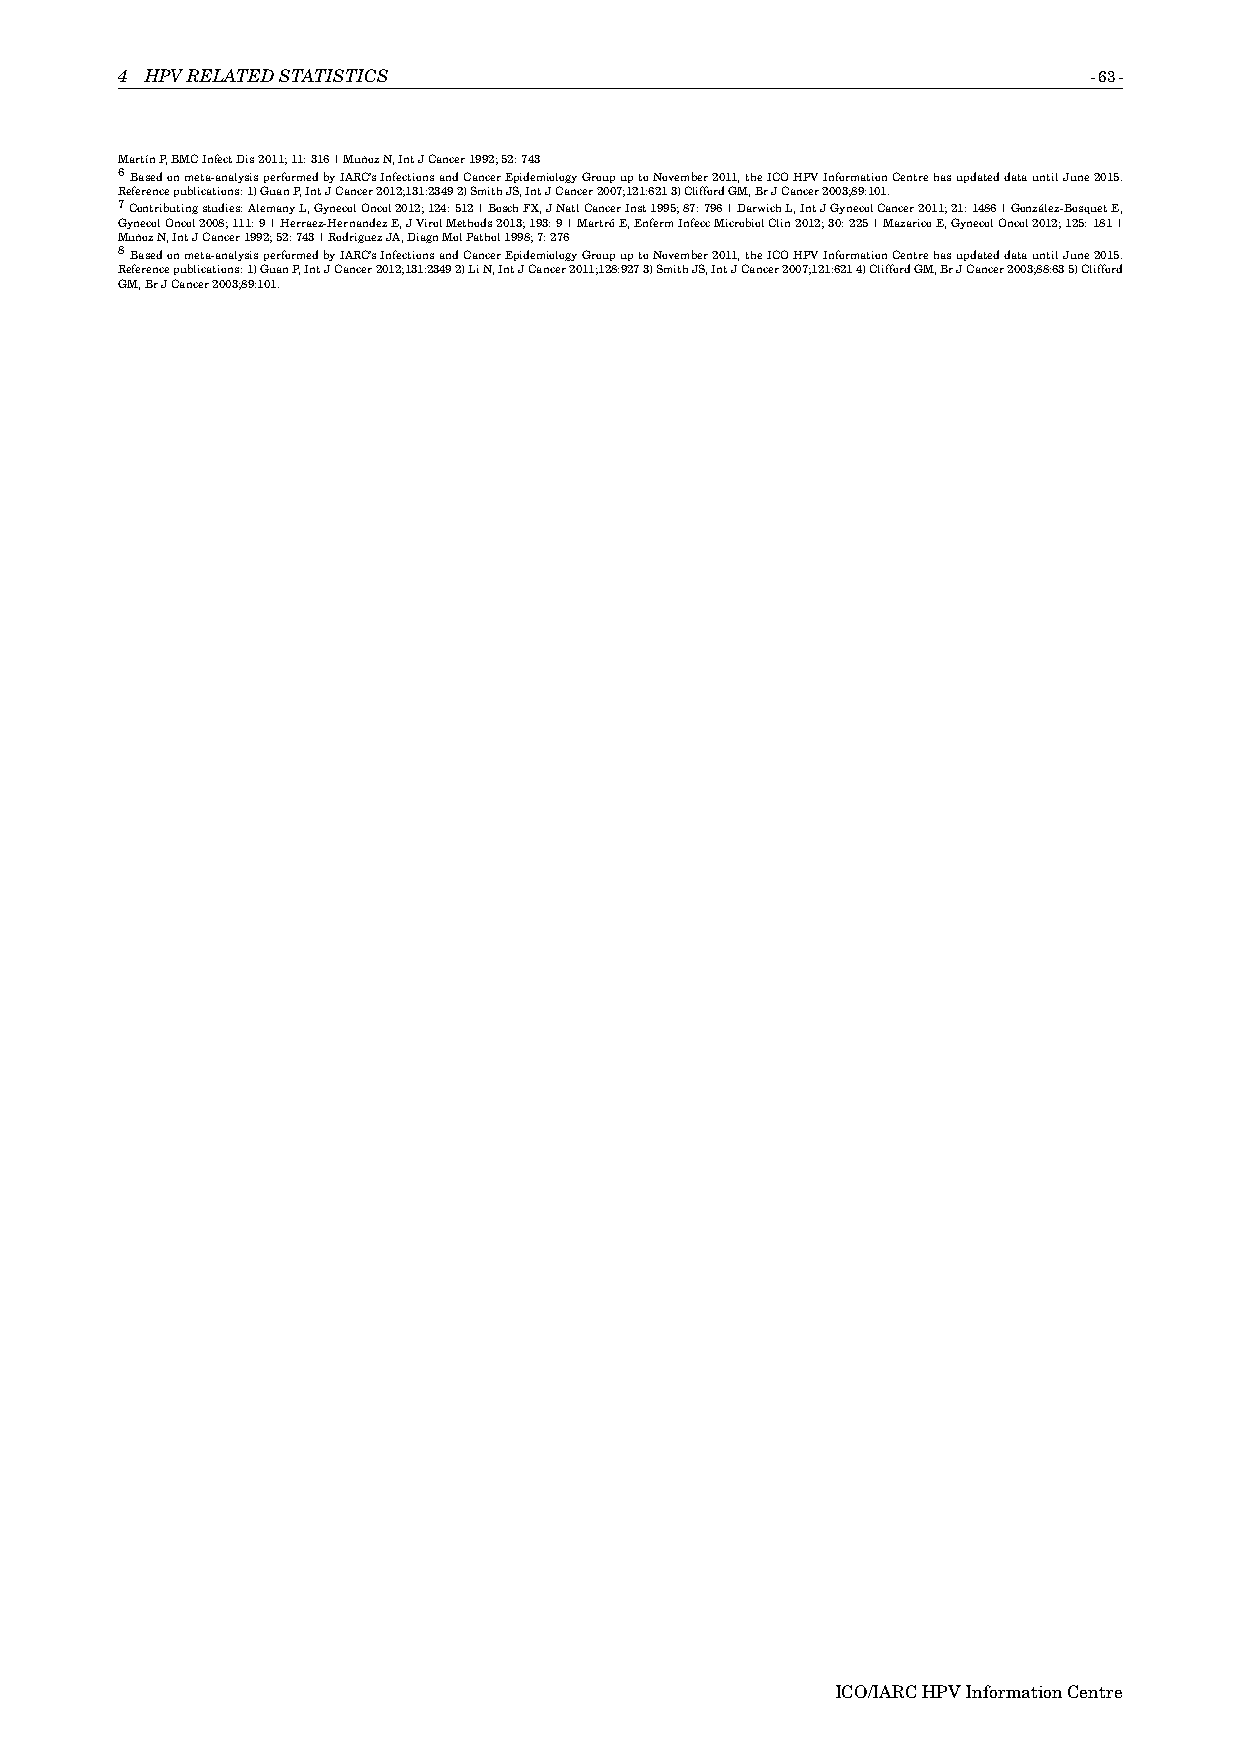
4 HPVRELATEDSTATISTICS                                          -63-
 MartínP,BMCInfectDis2011;11:316|MuñozN,IntJCancer1992;52:743
 6Basedonmeta-analysisperformedbyIARC’sInfectionsandCancerEpidemiologyGroupuptoNovember2011,theICOHPVInformationCentrehasupdateddatauntilJune2015.
 Referencepublications:1)GuanP,IntJCancer2012;131:23492)SmithJS,IntJCancer2007;121:6213)CliffordGM,BrJCancer2003;89:101.
 7Contributingstudies:AlemanyL,GynecolOncol2012;124:512|BoschFX,JNatlCancerInst1995;87:796|DarwichL,IntJGynecolCancer2011;21:1486|González-BosquetE,
 GynecolOncol2008;111:9|Herraez-HernandezE,JVirolMethods2013;193:9|MartróE,EnfermInfeccMicrobiolClin2012;30:225|MazaricoE,GynecolOncol2012;125:181|
 MuñozN,IntJCancer1992;52:743|RodriguezJA,DiagnMolPathol1998;7:276
 8Basedonmeta-analysisperformedbyIARC’sInfectionsandCancerEpidemiologyGroupuptoNovember2011,theICOHPVInformationCentrehasupdateddatauntilJune2015.
 Referencepublications:1)GuanP,IntJCancer2012;131:23492)LiN,IntJCancer2011;128:9273)SmithJS,IntJCancer2007;121:6214)CliffordGM,BrJCancer2003;88:635)Clifford
 GM,BrJCancer2003;89:101.
 ICO/IARCHPVInformationCentre